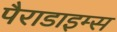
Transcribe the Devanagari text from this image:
पैराडाइम्स